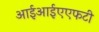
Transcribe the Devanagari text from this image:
आईआईएएफटी